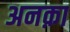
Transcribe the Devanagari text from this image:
अनक़ा